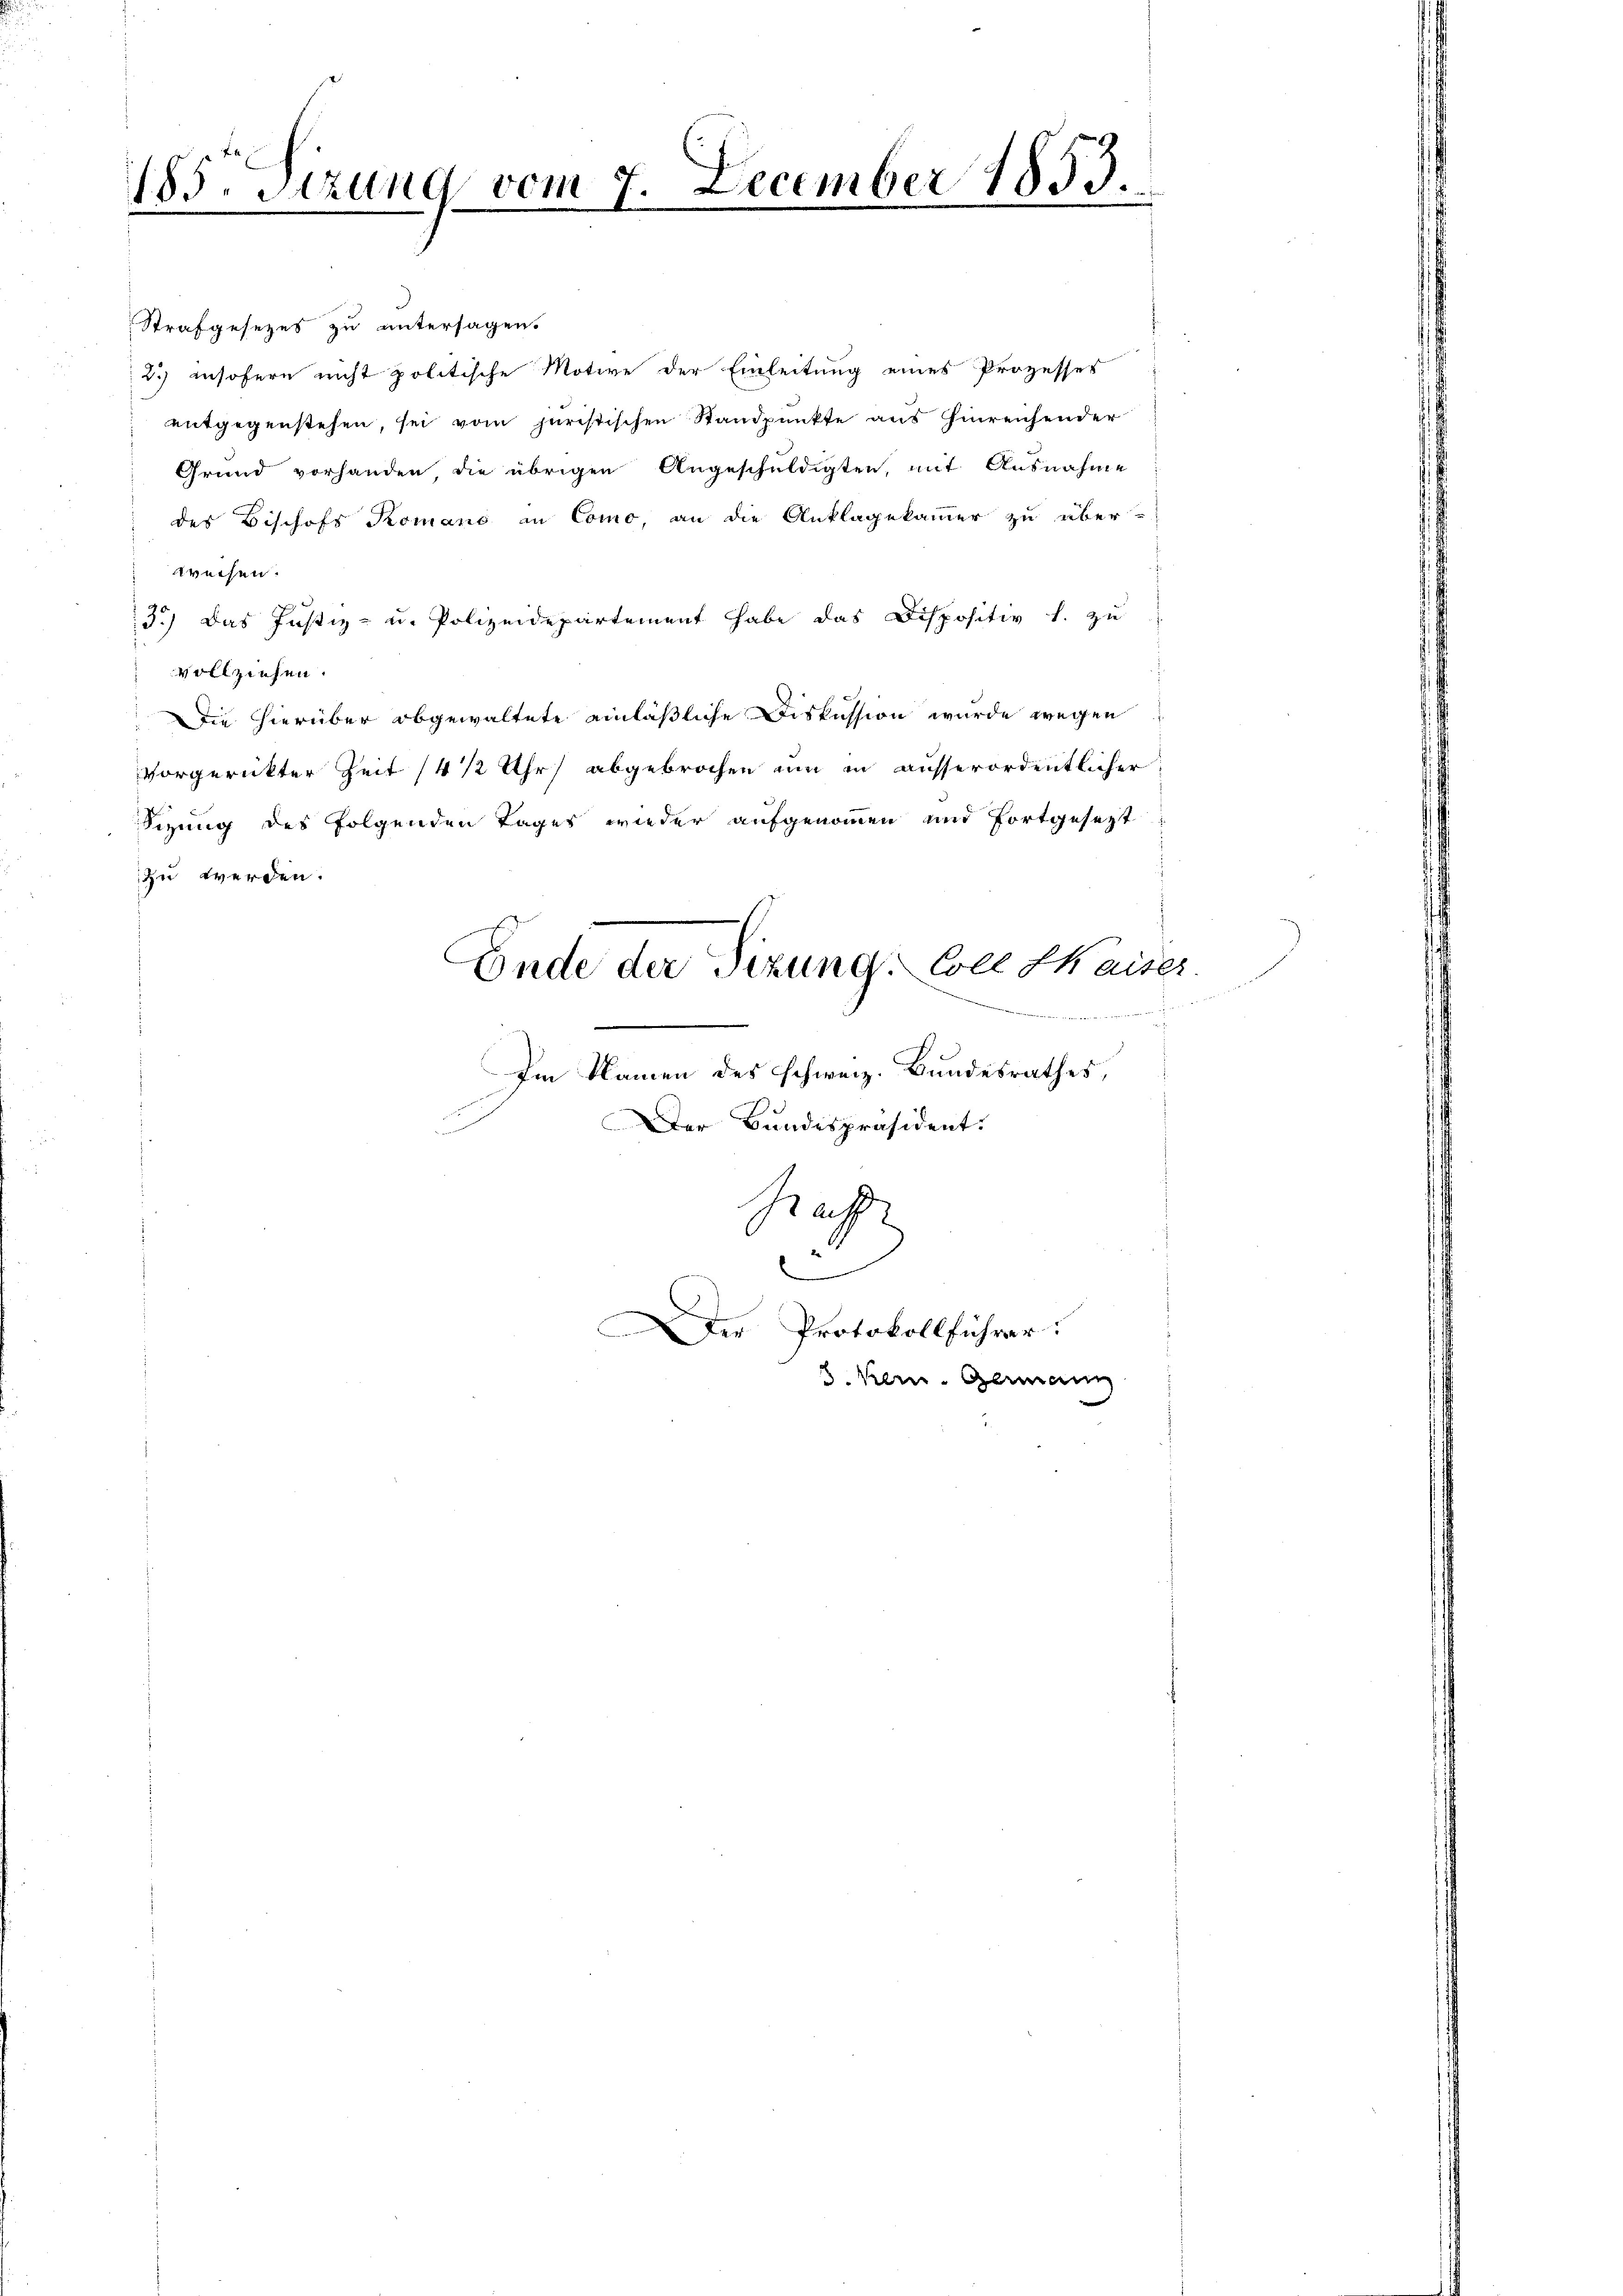
185. Sitzung vom 7. December 1853.

Strafgesezes zu untersagen.
2) insofern nicht politische Motive der Einleitung eines Prozesses
entgegenstehen, sei vom juristischen Standpunkte aus hinreichender
Grund vorhanden, die übrigen Angeschuldigten, mit Ausnahme
des Bischofs Romano in Como, an die Anklagekammer zu über-
weisen.
3.) Das Justiz- u. Polizeidepartement habe das Dispositiv f. zu
vollziehen.
Die hierüber abgewaltete einläßliche Diskussion wurde wegen
vorgerückter Zeit (4 1/2 Uhr abgebrochen um in ausserordentlicher
Sizung des folgenden Tages wieder aufgenommen und fortgesezt
zu werden.
Ende der Sizung: Coll Kaiser
Im Namen des schweiz. Bundesrathes,
Der Bundespräsident.
Ruh
e
er Protokollführer:
8. Kern Germann